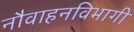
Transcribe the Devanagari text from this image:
नौवाहनविभागी